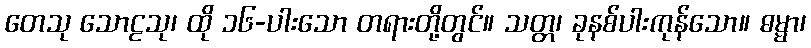
တေသု သောဠသု၊ ထို ၁၆-ပါးသော တရားတို့တွင်။ သတ္တ၊ ခုနစ်ပါးကုန်သော။ ဓမ္မာ၊